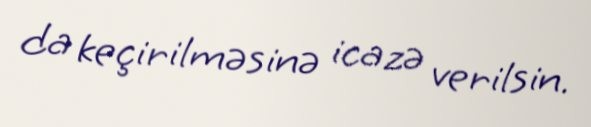
da keçirilməsinə icazə verilsin.